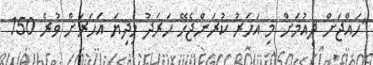
"ހައްޖަށް ދިއުމަށް މި އަހަރު ކުރަންޖެހޭ ހަރަދު މިދިޔަ އަހަރަށް ވުރެ 150